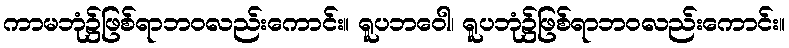
ကာမဘုံ၌ဖြစ်ရာဘဝလည်းကောင်း။ ရူပဘဝေါ၊ ရူပဘုံ၌ဖြစ်ရာဘဝလည်းကောင်း။